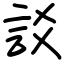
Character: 訤